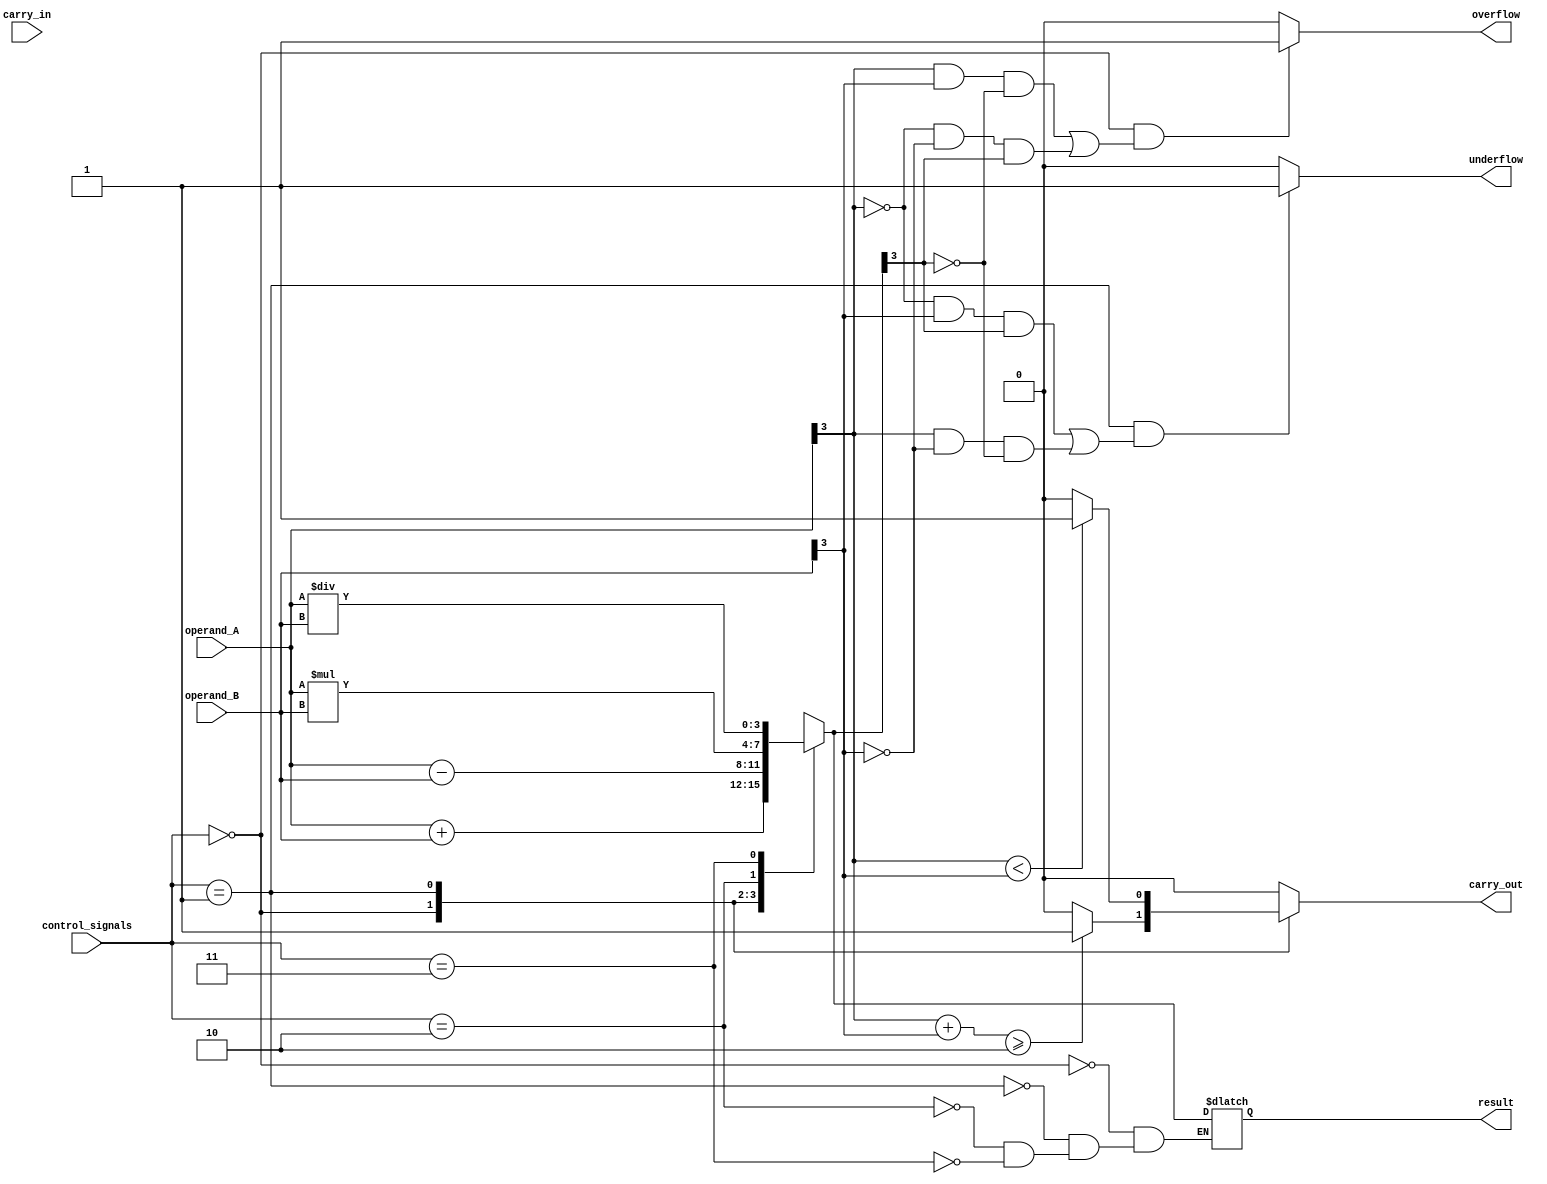
module ALU (
    input [3:0] operand_A,
    input [3:0] operand_B,
    input [2:0] control_signals,
    input carry_in,
    output [3:0] result,
    output carry_out,
    output overflow,
    output underflow
);

reg [3:0] result;
reg carry_out;
reg overflow;
reg underflow;

always @(*)
begin
    case(control_signals)
        3'b000: result = operand_A + operand_B; // Addition
        3'b001: result = operand_A - operand_B; // Subtraction
        3'b010: result = operand_A * operand_B; // Multiplication
        3'b011: begin // Division
            if(operand_B != 0)
                result = operand_A / operand_B;
            else
                result = 4'hX; // Undefined result
        end
    endcase
    
    // Carry-out signal logic
    case(control_signals)
        3'b000: carry_out = (operand_A[3] + operand_B[3] >= 2) ? 1 : 0; // Addition
        3'b001: carry_out = (operand_A[3] < operand_B[3]) ? 1: 0; // Subtraction
        default: carry_out = 0; // No carry for multiplication and division
    endcase
    
    // Overflow and underflow logic
    if(control_signals == 3'b000 && ((operand_A[3] == 1 && operand_B[3] == 1 && result[3] == 0) || (operand_A[3] == 0 && operand_B[3] == 0 && result[3] == 1)))
        overflow = 1;
    else
        overflow = 0;
    
    if(control_signals == 3'b001 && ((operand_A[3] == 0 && operand_B[3] == 1 && result[3] == 1) || (operand_A[3] == 1 && operand_B[3] == 0 && result[3] == 0)))
        underflow = 1;
    else
        underflow = 0;
end

endmodule